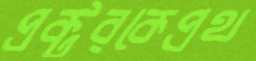
প্রক্টরকেপ্রথ